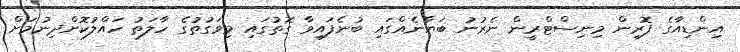
އިންޑިއާގެ ފޮރިން މިނިސްޓްރީން ނެރުނު ބަޔާނެއްގައި ބުނެފައިވާ ގޮތުގައި މިވަގުތުގެ ހާލަތު ހައްލުކޮށްދިނުމަށް